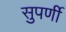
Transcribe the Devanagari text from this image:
सुपर्णी